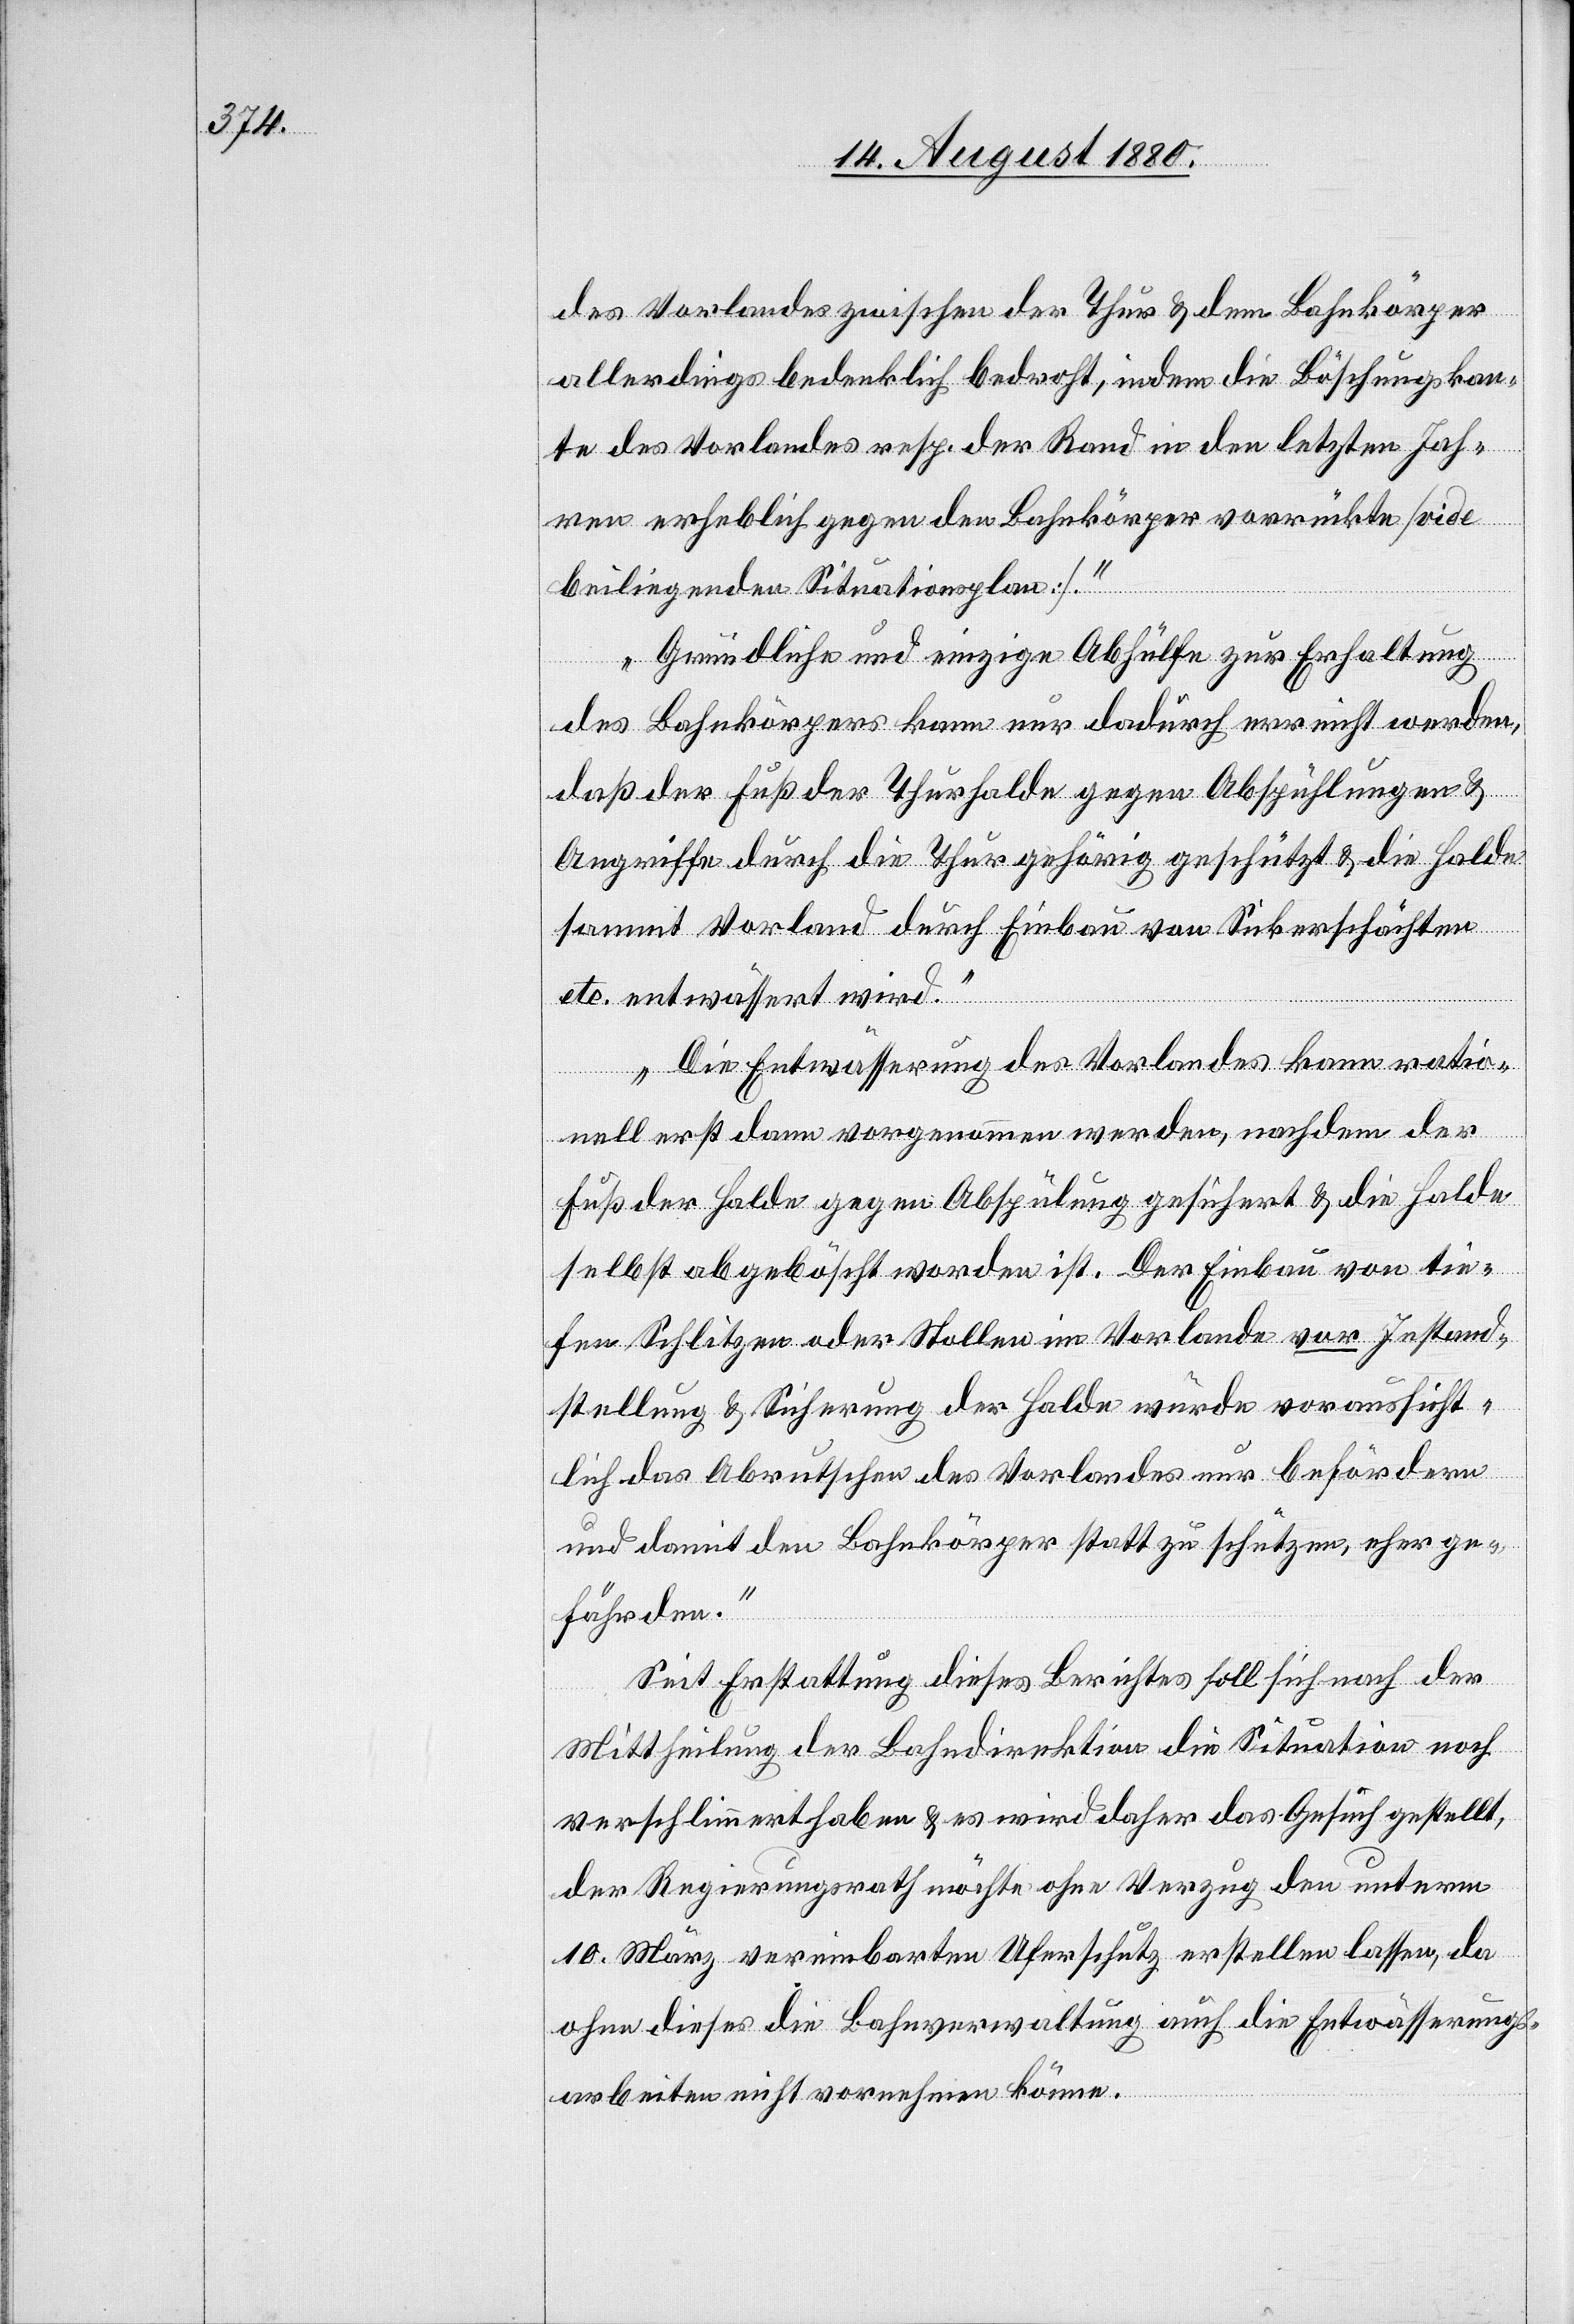
des Vorlandes zwischen der Thur & dem Bahnkörper
allerdings bedenklich bedroht, indem die Böschungskan¬
te des Vorlandes resp. der Rand in den letzten Jah¬
ren erheblich gegen den Bahnkörper vorrückte [vide
beiliegenden Situationsplan].
Gründliche und einzige Abhülfe zur Erhaltung
des Bahnkörpers kann nur dadurch erreicht werden,
daß der Fuß der Thurhalde gegen Abspühlungen
Angriffe durch die Thur gehörig geschützt & die Halde
sammt Vorland durch Einbau von Sickerschächten
etc. entwässert wird.
Die Entwässerung des Vorlandes kann ratio¬
nell erst dann vorgenommen werden, nachdem der
Fuß der Halde gegen Abspülung gesichert & die Halde
selbst abgeböscht worden ist. Der Einbau von tie¬
fen Schlitzen oder Stollen im Vorlande vor Instand¬
stellung & Sicherung der Halde würde voraussicht¬
lich das Abrutschen des Vorlandes nur befördern
und damit den Bahnkörper statt zu schützen, eher ge¬
fährden.“
Seit Erstattung dieses Berichtes soll sich nach der
Mittheilung der Bahndirektion die Situation noch
verschlimmert haben & es wird daher das Gesuch gestellt,
der Regierungsrath möchte ohne Verzug den unterm
10. März vereinbarten Uferschutz erstellen lassen, da
ohne dieses die Bahnverwaltung auch die Entwässerungs¬
arbeiten nicht vornehmen könne.